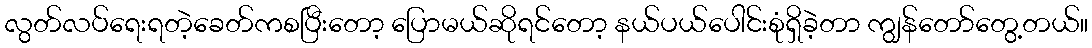
လွတ်လပ်ရေးရတဲ့ခေတ်ကစပြီးတော့ ပြောမယ်ဆိုရင်တော့ နယ်ပယ်ပေါင်းစုံရှိခဲ့တာ ကျွန်တော်တွေ့တယ်။